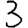
Digit: 3